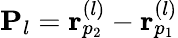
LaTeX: {\mathbf P}_{l}={\mathbf r}_{p_{2}}^{(l)}-{\mathbf r}_{p_{1}}^{(l)}